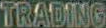
TRADING